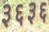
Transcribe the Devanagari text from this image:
३६३६